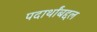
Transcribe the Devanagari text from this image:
पदार्थांबद्दल